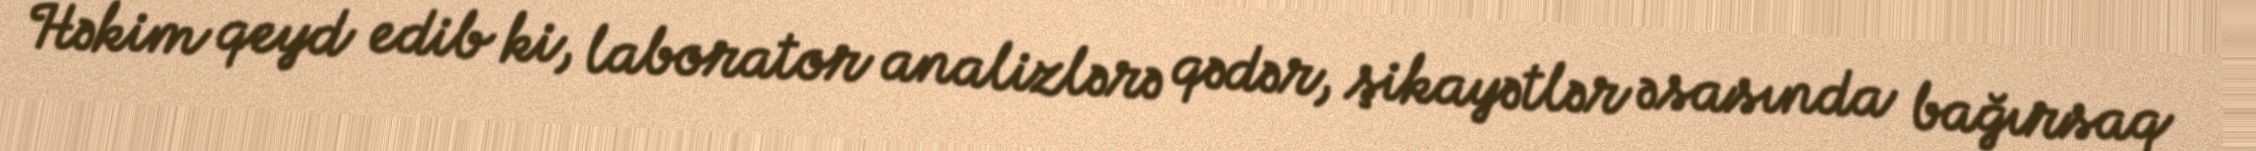
Həkim qeyd edib ki, laborator analizlərə qədər, şikayətlər əsasında bağırsaq